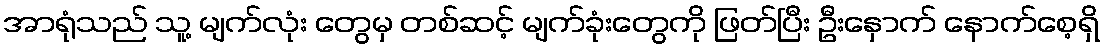
အာရုံသည် သူ့ မျက်လုံး တွေမှ တစ်ဆင့် မျက်ခုံးတွေကို ဖြတ်ပြီး ဦးနှောက် နောက်စေ့ရှိ